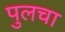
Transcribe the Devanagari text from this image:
पुलचा